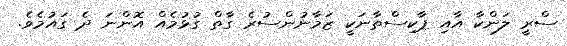
ސްރީ ލަންކާ އާއި ޕާކިސްތާނަކީ ޒަމާނުންސުރެ ގާތް ގުޅުމެއް އޮންނަ ދެ ގައުމެވެ.